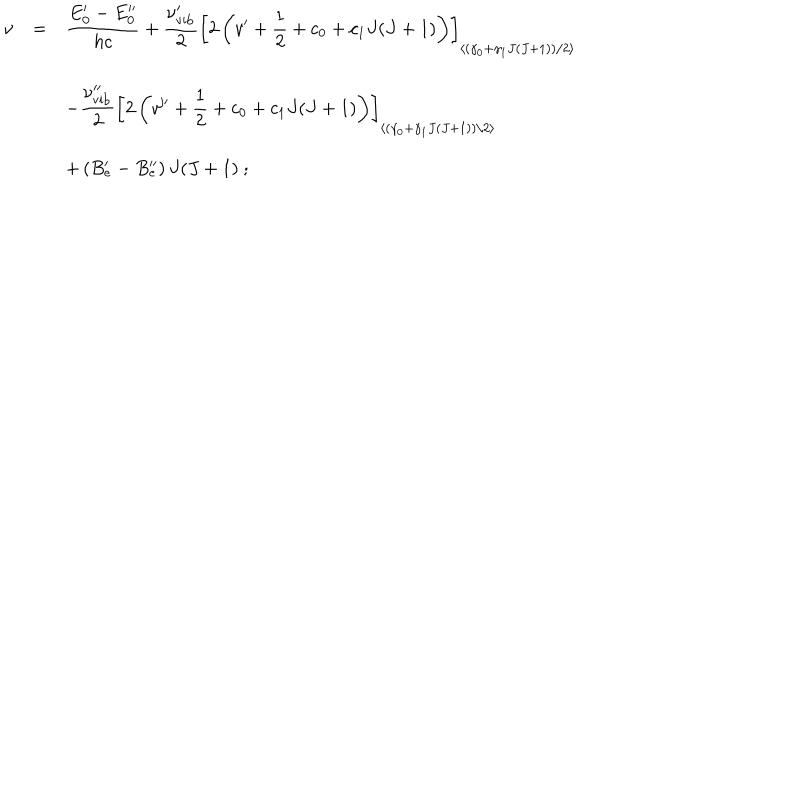
LaTeX: \begin{array} { r c l } { { \nu } } & { { = } } & { { \displaystyle \frac { E _ { 0 } ^ { \prime } - E _ { 0 } ^ { \prime \prime } } { h c } + \displaystyle \frac { \nu _ { \mathrm { v i b } } ^ { \prime } } { 2 } \left[ 2 \left( v ^ { \prime } + { \frac { 1 } { 2 } } + c _ { 0 } + c _ { 1 } J ( J + 1 ) \right) \right] _ { \left< \left( \gamma _ { 0 } + \gamma _ { 1 } J ( J + 1 ) \right) / 2 \right> } } } \\ { { } } & { { } } & { { - \displaystyle \frac { \nu _ { \mathrm { v i b } } ^ { \prime \prime } } { 2 } \left[ 2 \left( v ^ { \prime \prime } + { \frac { 1 } { 2 } } + c _ { 0 } + c _ { 1 } J ( J + 1 ) \right) \right] _ { \left< \left( \gamma _ { 0 } + \gamma _ { 1 } J ( J + 1 ) \right) / 2 \right> } } } \\ { { } } & { { } } & { { + \left( B _ { e } ^ { \prime } - B _ { e } ^ { \prime \prime } \right) J ( J + 1 ) ~ ; } } \\ \end{array}